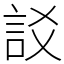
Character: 訤